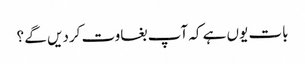
بات یوں ہے کہ آپ بغاوت کردیں گے ؟